Insane asylums in Bengal annual reports 1867-1875 - 1867-1875
Year: 1867
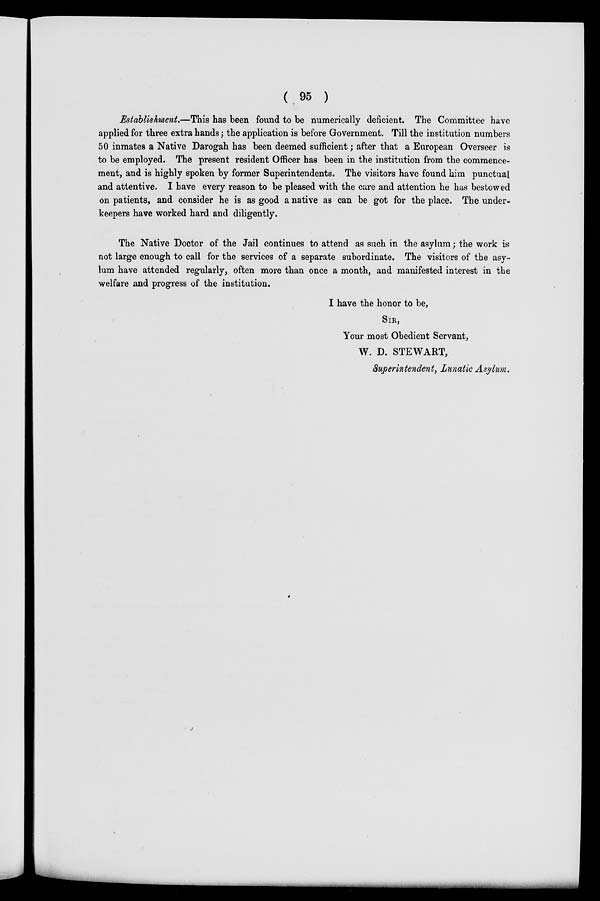
( 95 )
Establishment.—This has been found to be numerically deficient. The Committee have
applied for three extra hands; the application is before Government. Till the institution numbers
50 inmates a Native Darogah has been deemed sufficient; after that a European Overseer is
to be employed. The present resident Officer has been in the institution from the commence-
ment, and is highly spoken by former Superintendents. The visitors have found him punctual
and attentive. I have every reason to be pleased with the care and attention he has bestowed
on patients, and consider he is as good a native as can be got for the place. The under-
keepers have worked hard and diligently.
The Native Doctor of the Jail continues to attend as such in the asylum; the work is
not large enough to call for the services of a separate subordinate. The visitors of the asy-
lum have attended regularly, often more than once a month, and manifested interest in the
welfare and progress of the institution.
I have the honor to be,
SIR,
Your most Obedient Servant,
W. D. STEWART,
Superintendent, Lunatic Asylum.